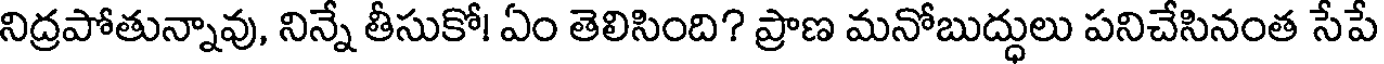
నిద్రపోతున్నావు, నిన్నే తీసుకో! ఏం తెలిసింది? ప్రాణ మనోబుద్ధులు పనిచేసినంత సేపే